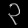
Digit: ၃